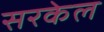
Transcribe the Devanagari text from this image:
सरकेल